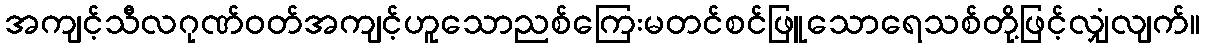
အကျင့်သီလဂုဏ်ဝတ်အကျင့်ဟူသောညစ်ကြေးမတင်စင်ဖြူသောရေသစ်တို့ဖြင့်လျှံလျက်။